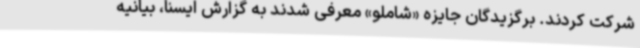
شرکت کردند. برگزیدگان جایزه «شاملو» معرفی شدند به گزارش ایسنا، بیانیه